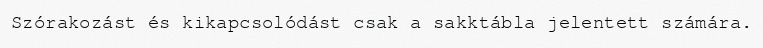
Szórakozást és kikapcsolódást csak a sakktábla jelentett számára.